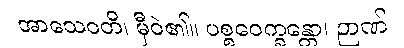
အာသေဝတိ၊ မှီဝဲ၏။ ပစ္စဝေက္ခန္တော၊ ဉာဏ်